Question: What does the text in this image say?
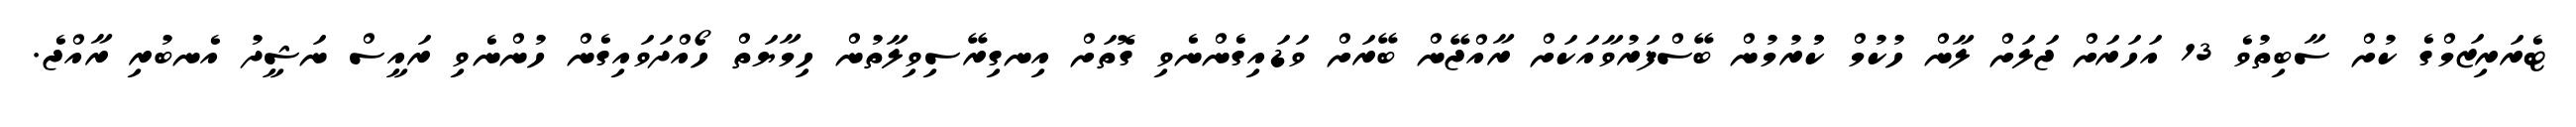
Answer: ޓެރަރިޒަމްގެ ކުށް ސާބިތުވެ 13 އަހަރަށް ޖަލަށް ލާން ހުކުމް ކުުރުމުން ބޭސްފަރުވާއަކަށް ރާއްޖޭން ބޭރަށް ވަޑައިގެންނެވި ގޮތަށް އިނގިރޭސިވިލާތުން ހިމާޔަތް ހޯއްދަވައިގެން ހުންނެވި ރައީސް ނަޝީދު އެނބުރި ރާއްޖެ.